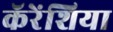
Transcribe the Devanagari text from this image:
कॅरेंशिया